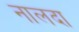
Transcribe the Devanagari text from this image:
नालदा